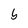
Character: b